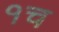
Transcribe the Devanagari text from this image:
१च